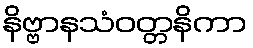
နိဗ္ဗာနသံဝတ္တနိကာ